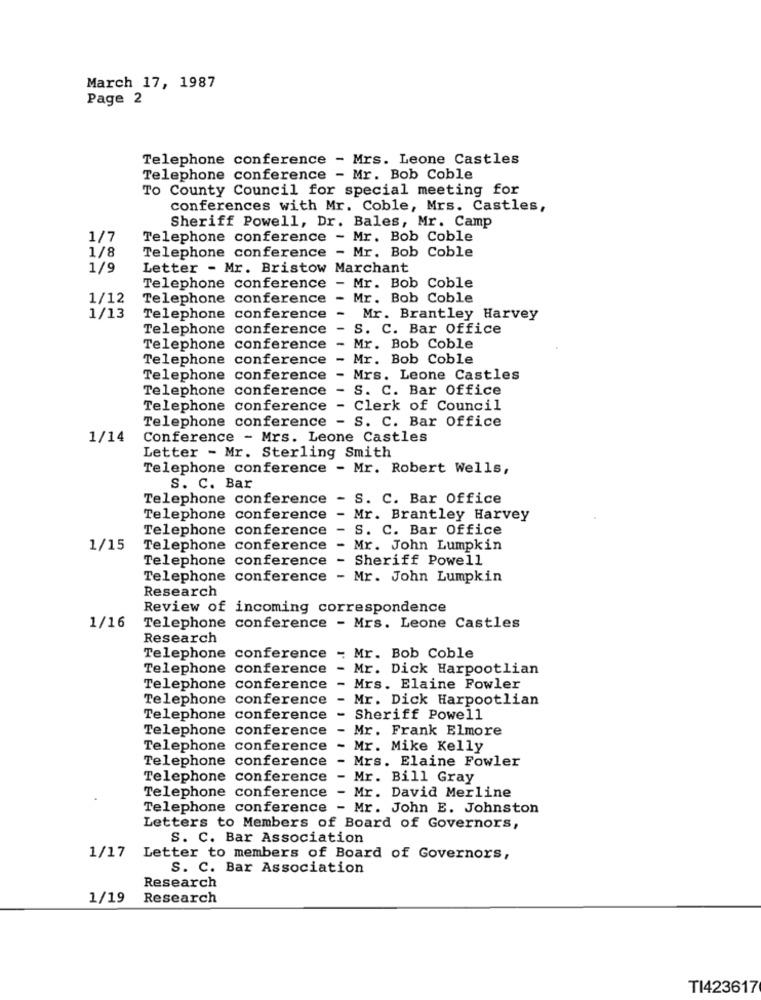
March 17, 1987
Page 2
Telephone conference - Mrs. Leone Castles
Telephone conference - Mr. Bob Coble
To County Council for special meeting for
conferences with Mr. Coble, Mrs. Castles,
Sheriff Powell, Dr. Bales, Mr. Camp
1/7
Telephone conference - Mr. Bob Coble
1/8
Telephone conference - Mr. Bob Coble
1/9
Letter - Mr. Bristow Marchant
Telephone conference - Mr. Bob Coble
1/12
Telephone conference
- Mr. Bob Coble
1/13
Telephone conference
-
Mr. Brantley Harvey
Telephone conference
-
S. C. Bar Office
Telephone conference
- Mr. Bob Coble
Telephone conference - Mr. Bob Coble
Telephone conference
- Mrs. Leone Castles
Telephone conference - S. C. Bar Office
Telephone conference - Clerk of Council
Telephone conference - S. C. Bar Office
1/14
Conference - Mrs. Leone Castles
Letter - Mr. Sterling Smith
Telephone conference - Mr. Robert Wells,
S. C. Bar
Telephone conference - S. C. Bar Office
Telephone conference - Mr. Brantley Harvey
Telephone conference -
S. C. Bar Office
1/15
Telephone conference -
Mr. John Lumpkin
Telephone conference - Sheriff Powell
Telephone conference - Mr. John Lumpkin
Research
Review of incoming correspondence
1/16
Telephone conference - Mrs. Leone Castles
Research
Telephone conference - Mr. Bob Coble
Telephone conference
-
Mr. Dick Harpootlian
Telephone conference
Mrs. Elaine Fowler
Telephone conference
Mr. Dick Harpootlian
Telephone conference
Sheriff Powell
Telephone conference
Mr. Frank Elmore
Telephone conference
Mr. Mike Kelly
Telephone conference
-
Mrs. Elaine Fowler
Telephone conference
- Mr. Bill Gray
Telephone conference - Mr. David Merline
Telephone conference - Mr. John E. Johnston
Letters to Members of Board of Governors,
S. C. Bar Association
1/17 Letter to members of Board of Governors,
S. C. Bar Association
Research
1/19
Research
TI423617